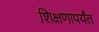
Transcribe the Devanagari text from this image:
शिक्षणापर्यंत